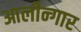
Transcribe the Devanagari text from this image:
आलीन्गार